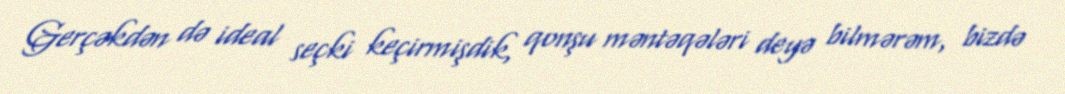
Gerçəkdən də ideal seçki keçirmişdik, qonşu məntəqələri deyə bilmərəm, bizdə